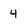
Character: 4